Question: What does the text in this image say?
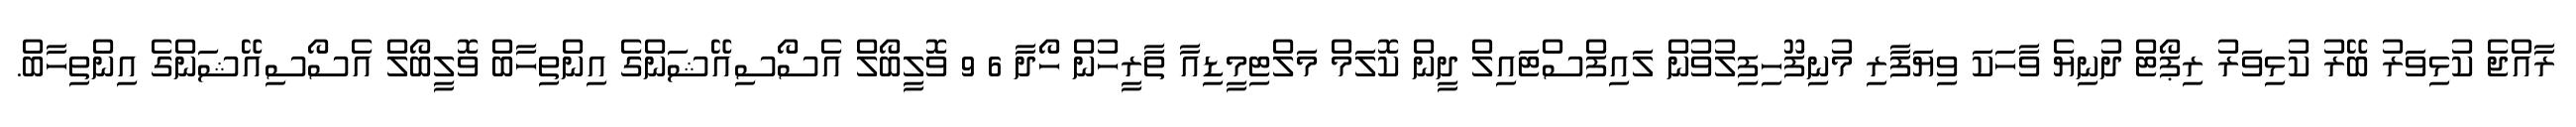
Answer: ރާއްޖެ ކުޅިވަރު ބޭރު ކުޅިވަރު ރިޕޯޓް ދުނިޔެ ވާހަކަ ވިޔަފާރި މުނިފޫހިފިލުވުން ލައިފްސްޓައިލް ދީން ކޮލަމް މަލްޓިމީޑިއާ ތާރީހުން ހޯދާ 6 9 ވޮލީބޯލް އެސޯސިއޭޝަންގެ އިންތިހާބް ވޮލީބޯލް އެސޯސިއޭޝަންގެ އިންތިހާބް.